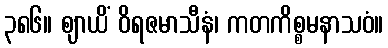
၃၈၆။ ဈာယိံ ဝိရဇမာသီနံ၊ ကတကိစ္စမနာသဝံ။